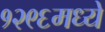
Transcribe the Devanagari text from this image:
१२९६मध्ये